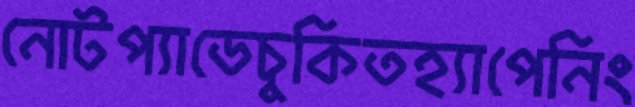
নোটপ্যাডেচুকিতহ্যাপেনিং